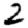
Digit: 2